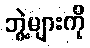
ဘွဲ့များကို